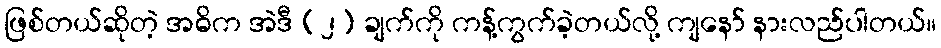
ဖြစ်တယ်ဆိုတဲ့ အဓိက အဲဒီ (၂) ချက်ကို ကန့်ကွက်ခဲ့တယ်လို့ ကျနော် နားလည်ပါတယ်။